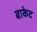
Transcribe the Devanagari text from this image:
बाकेट